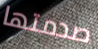
صدمتها